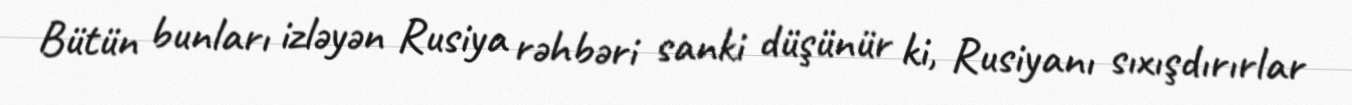
Bütün bunları izləyən Rusiya rəhbəri sanki düşünür ki, Rusiyanı sıxışdırırlar